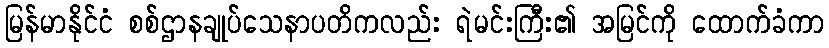
မြန်မာနိုင်ငံ စစ်ဌာနချုပ်သေနာပတိကလည်း ရဲမင်းကြီး၏ အမြင်ကို ထောက်ခံကာ